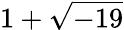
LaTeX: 1+{\sqrt{-19}}